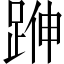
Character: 𨁬